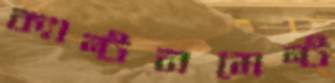
ক্যান্টনমেন্ট